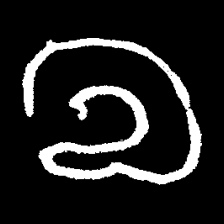
Pyu character \u2014 Myanmar letter: လ (romanized: la)